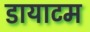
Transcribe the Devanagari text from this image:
डायाटम